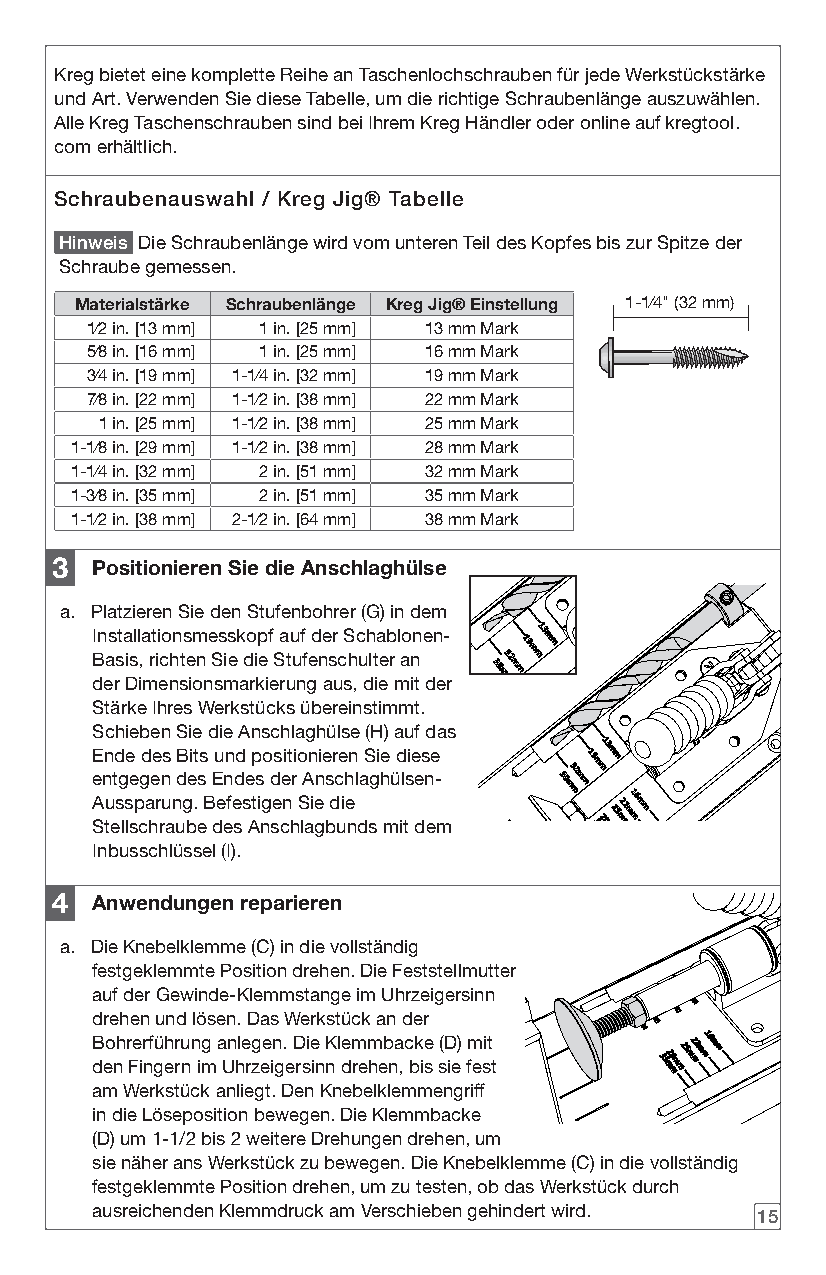
Kreg bietet eine komplette Reihe an Taschenlochschrauben für jede Werkstückstärke
 und Art. Verwenden Sie diese Tabelle, um die richtige Schraubenlänge auszuwählen.
 Alle Kreg Taschenschrauben sind bei Ihrem Kreg Händler oder online auf kregtool.
 com erhältlich.
 Schraubenauswahl / Kreg Jig® Tabelle
 Hinweis Die Schraubenlänge wird vom unteren Teil des Kopfes bis zur Spitze der
 Schraube gemessen.
 Materialstärke Schraubenlänge Kreg Jig® Einstellung 1-1⁄4" (32 mm)
 1⁄2 in. [13 mm] 1 in. [25 mm] 13 mm Mark
 5⁄8 in. [16 mm] 1 in. [25 mm] 16 mm Mark
 3⁄4 in. [19 mm] 1-1⁄4 in. [32 mm] 19 mm Mark
 7⁄8 in. [22 mm] 1-1⁄2 in. [38 mm] 22 mm Mark
 1 in. [25 mm] 1-1⁄2 in. [38 mm] 25 mm Mark
 1-1⁄8 in. [29 mm] 1-1⁄2 in. [38 mm] 28 mm Mark
 1-1⁄4 in. [32 mm] 2 in. [51 mm] 32 mm Mark
 1-3⁄8 in. [35 mm] 2 in. [51 mm] 35 mm Mark
 1-1⁄2 in. [38 mm] 2-1⁄2 in. [64 mm] 38 mm Mark
 3  Positionieren Sie die Anschlaghülse
 a. Platzieren Sie den Stufenbohrer (G) in dem
 Installationsmesskopf auf der Schablonen-
 Basis, richten Sie die Stufenschulter an
 der Dimensionsmarkierung aus, die mit der
 Stärke Ihres Werkstücks übereinstimmt.
 Schieben Sie die Anschlaghülse (H) auf das
 Ende des Bits und positionieren Sie diese
 entgegen des Endes der Anschlaghülsen-
 Aussparung. Befestigen Sie die
 Stellschraube des Anschlagbunds mit dem
 Inbusschlüssel (I).
 4  Anwendungen reparieren
 a. Die Knebelklemme (C) in die vollständig
 festgeklemmte Position drehen. Die Feststellmutter
 auf der Gewinde-Klemmstange im Uhrzeigersinn
 drehen und lösen. Das Werkstück an der
 Bohrerführung anlegen. Die Klemmbacke (D) mit
 den Fingern im Uhrzeigersinn drehen, bis sie fest
 am Werkstück anliegt. Den Knebelklemmengriff
 in die Löseposition bewegen. Die Klemmbacke
 (D) um 1-1/2 bis 2 weitere Drehungen drehen, um
 sie näher ans Werkstück zu bewegen. Die Knebelklemme (C) in die vollständig
 festgeklemmte Position drehen, um zu testen, ob das Werkstück durch
 ausreichenden Klemmdruck am Verschieben gehindert wird.
 15